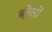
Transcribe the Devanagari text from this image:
ब्रेसों